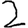
Digit: 2